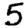
Digit: 5